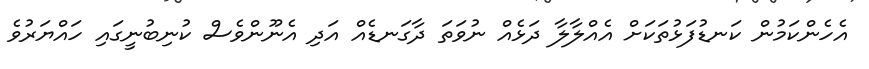
އެހެންކަމުން ކަނޑުފަޅުތަކަށް އެއްލާލާ ދަޅެއް ނުވަތަ ދާގަނޑެއް އަދި އެނޫންވެސް ކުނިބުނީގައި ހައްޔަރުވެ